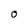
Character: O